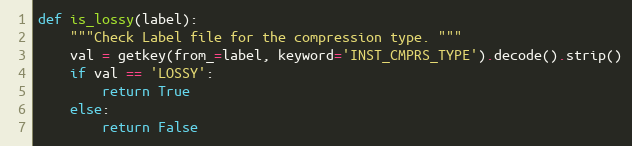
Language: Python
def is_lossy(label):
    """Check Label file for the compression type. """
    val = getkey(from_=label, keyword='INST_CMPRS_TYPE').decode().strip()
    if val == 'LOSSY':
        return True
    else:
        return False